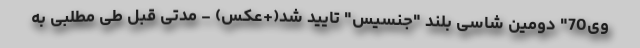
وی70" دومین شاسی بلند "جنسیس" تایید شد(+عکس) - مدتی قبل طی مطلبی به